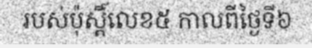
របស់ប៉ុស្តិ៍លេខ៥ កាលពីថ្ងៃទី៦